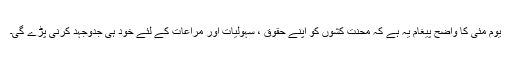
یوم مئی کا واضح پیغام یہ ہے کہ محنت کشوں کو اپنے حقوق ، سہولیات اور مراعات کے لئے خود ہی جدوجہد کرنی پڑے گی۔